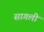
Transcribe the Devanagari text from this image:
सागली